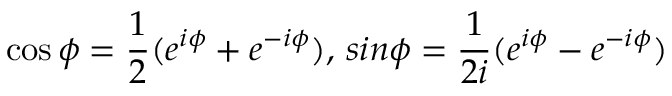
\cos \phi = \frac { 1 } { 2 } ( e ^ { i \phi } + e ^ { - i \phi } ) , \, s i n \phi = \frac { 1 } { 2 i } ( e ^ { i \phi } - e ^ { - i \phi } )